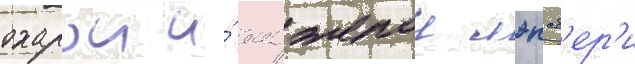
охарои и́ анджелои лэнсб'ер'и